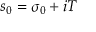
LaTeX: s _ { 0 } = \sigma _ { 0 } + i T